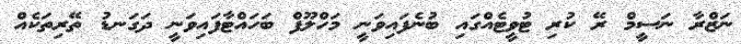
ނަޒްރާ ނަސީމް ރޭ ކުރި ޓުވީޓެއްގައި ބުނެފައިވަނީ މަހްލޫފް ބަހައްޓާފައިވަނީ ދަގަނޑު ތޭރިތަކެއް